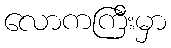
လောကကြီးမှာ